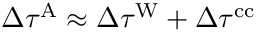
\Delta \tau ^ { \mathrm { A } } \approx \Delta \tau ^ { \mathrm { W } } + \Delta \tau ^ { \mathrm { c c } }